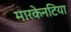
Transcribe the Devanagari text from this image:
मारकेनटिया